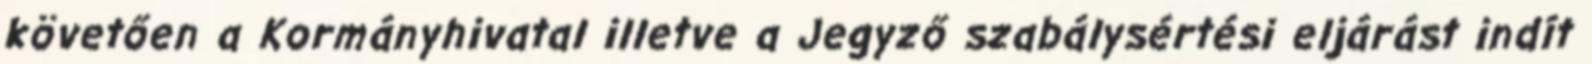
követően a Kormányhivatal illetve a Jegyző szabálysértési eljárást indít